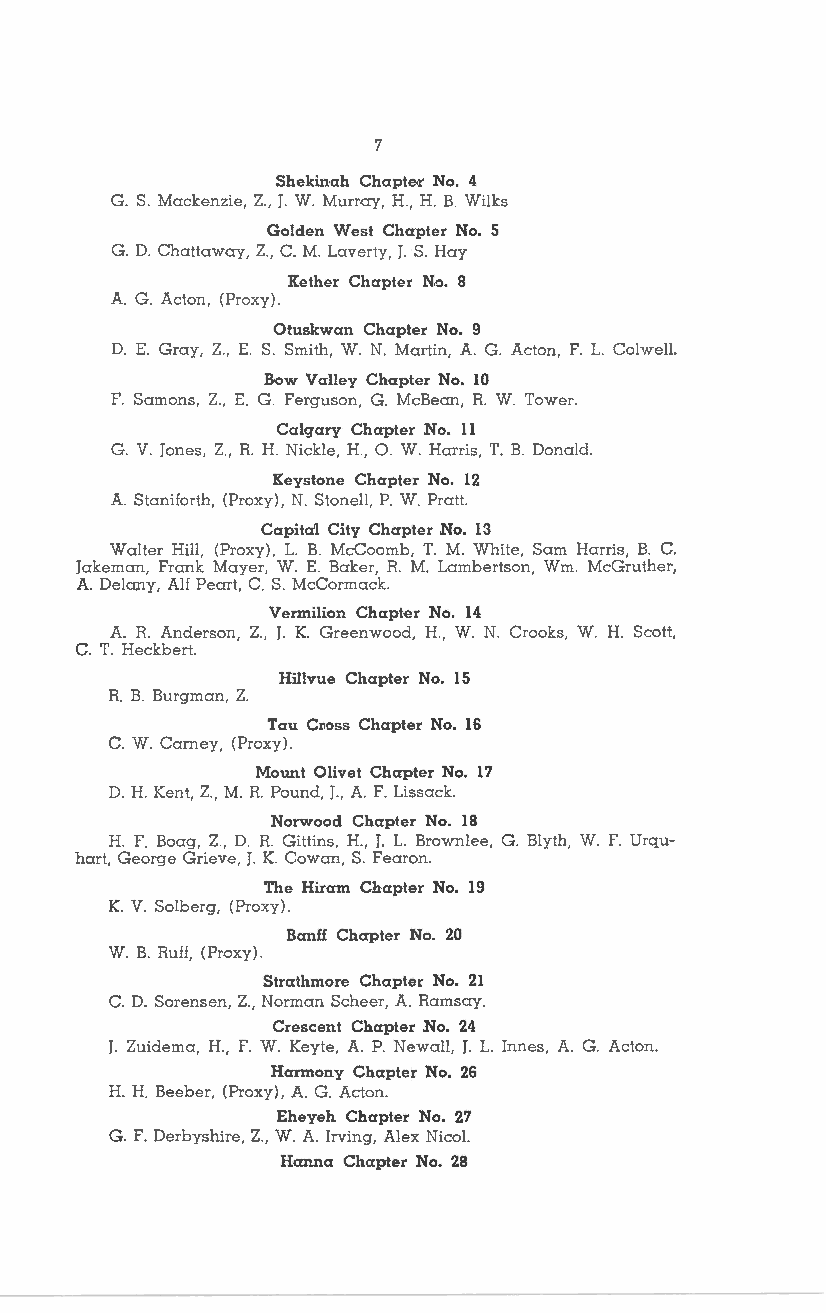
7
 Shekinah Chapter No. 4
 G. S. Mackenzie, Z., J. W. Murray, H., H. B. Wilks
 Golden West Chapter No. 5
 G. D. Chattaway, Z., C. M. Laverty, J. S. Hay
 Kether Chapter N.o. 8
 A. G. Acton, (Proxy).
 Otuskwan Chapter No. 9
 D. E. Gray, Z., E. S. Smith, W. N. Martin, A. G. Acton, F. L. Colwell.
 B·ow Valley Ch<Ipter No. 10
 F. Samons, Z., E. G. Ferguson, G. McBean, R. W. Tower.
 Calgary Chapter No. 11
 G. V. Jones, Z., R. H. Nickle, H., 0. W. Harris, T. B. Donald.
 Keystone Chapter No. 12
 A. Staniforth, (Proxy), N. Stonell, P. W. Pratt.
 Capita'! City Chapter No. 13
 Walter Hill, (Proxy), L. B. McCoomb, T. M. White, Sam Harris, B. C.
 Jakeman, Frank Mayer, W. E. Baker, R. M. Lambertson, Wm. McGruther,
 A. Delany, Alf Peart, C. S. McCormack.
 Vermilion Chapter No. 14
 A. R. Anderson, Z., J. K. Greenwood, H., W. N. Crooks, W. H. Scott,
 C. T. Heckbert.
 Hillvue Chapter No. 15
 R. B. Burgman, Z.
 Tau Cr.oss Chapter No. 16
 C. W. Carney, (Proxy).
 Mount Olivet Chapter No. 17
 D. H. Kent, Z., M. R. Pound, J., A. F. Lissack.
 Norwood Chapter No. 18
 H. F. Boag, Z., D. R. Gittins, H., J. L. Brownlee, G. Blyth, W. F. Urqu
 hart, George Grieve, J. K. Cowan, S. Fearon.
 The Hiram Chapter No. 19
 K. V. Solberg, (Proxy).
 Banff Chapter No. 20
 W. B. Ruff, (Proxy).
 Strathmore Chapter No. 21
 C. D. Sorensen, Z., Norman Scheer, A. Ramsay.
 Crescent Chapter No. 24
 J. Zuidema, H., F. W. Keyte, A. P. Newall, J. L. Innes, A. G. Acton.
 Harmony Chapter No. 26
 H. H. Beeber, (Proxy), A. G. Acton.
 Eheyeh Chapter No. 27
 G. F. Derbyshire, Z., W. A. Irving, Alex Nicol.
 Hanna Chapter No. 28